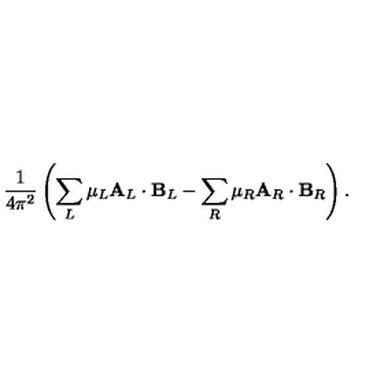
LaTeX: { \frac { 1 } { 4 \pi ^ { 2 } } } \left( \sum _ { L } \mu _ { L } { \bf A } _ { L } \cdot { \bf B } _ { L } - \sum _ { R } \mu _ { R } { \bf A } _ { R } \cdot { \bf B } _ { R } \right) .